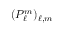
( P _ { \ell } ^ { m } ) _ { \ell , m }